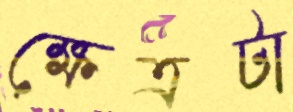
ক্ষেত্রটা